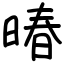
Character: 暙